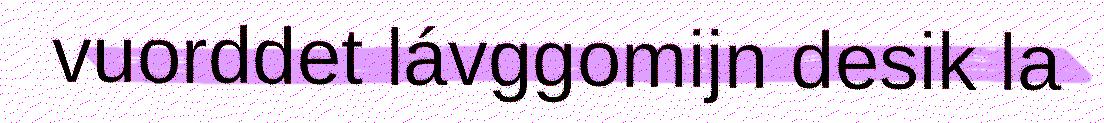
vuorddet lávggomijn desik la